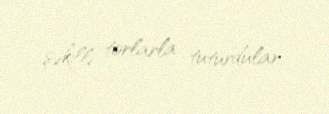
şəkilli torlarla tuturdular.